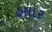
હમાર